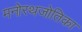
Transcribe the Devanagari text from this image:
मनोरथजोतिका